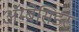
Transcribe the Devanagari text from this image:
अॅम्बेसिडर